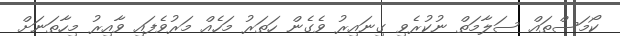
ކޯމަސްތައް ސަލާމަތް ނުކުރެވި ގިނައިރު ވެގެން ހަތަރު މަހެއް މަރުވެފައި ވާއިރު މިހާތަނަށް